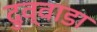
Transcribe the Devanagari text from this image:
दुव्वाडा